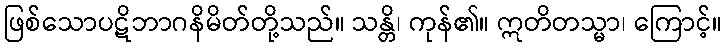
ဖြစ်သောပဋိဘာဂနိမိတ်တို့သည်။ သန္တိ၊ ကုန်၏။ ဣတိတသ္မာ၊ ကြောင့်။